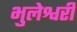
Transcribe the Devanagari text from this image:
भुलेश्वरी